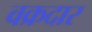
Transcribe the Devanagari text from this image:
वक्रदार